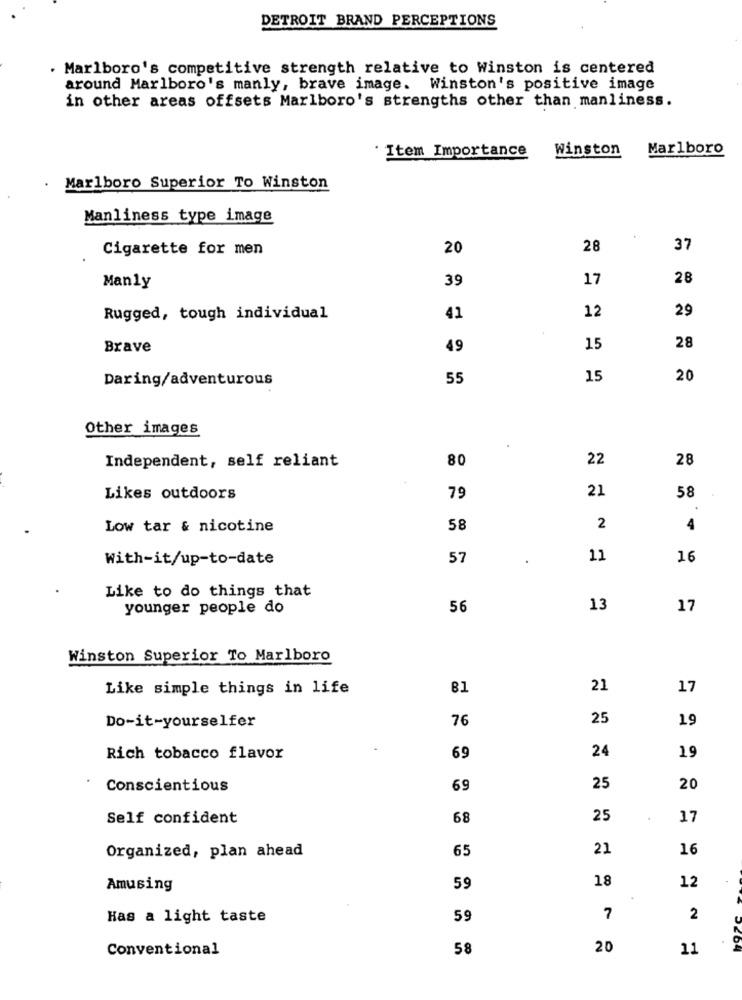
DETROIT BRAND PERCEPTIONS
. Marlboro's competitive strength relative to Winston is centered
around Marlboro's manly, brave image. Winston's positive image
in other areas offsets Marlboro's strengths other than manliness.
Item Importance
Winston
Marlboro
Marlboro Superior To Winston
Manliness type image
Cigarette for men
20
28
37
39
17
28
Manly
12
29
Rugged, tough individual
41
28
Brave
49
15
Daring/adventurous
55
15
20
Other images
80
22
28
Independent, self reliant
21
Likes outdoors
79
58
Low tar & nicotine
58
2
4
With-it/up-to-date
57
11
16
Like to do things that
younger people do
56
13
17
Winston Superior To Marlboro
Like simple things in life
81
21
17
Do-it-yourselfer
76
25
19
24
19
Rich tobacco flavor
69
Conscientious
69
25
20
Self confident
68
25
17
Organized, plan ahead
65
21
16
18
12
Amusing
59
Has a light taste
59
7
2
Conventional
58
20
11